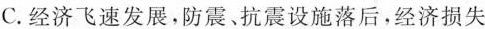
C.经济飞速发展，防震、抗震设施落后，经济损失